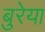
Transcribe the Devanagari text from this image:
बुरेया